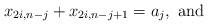
LaTeX: \begin{align*} x_{2i,n-j} + x_{2i,n-j+1}=a_j, \mbox{ and }\end{align*}